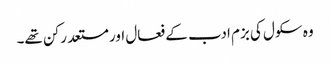
وہ سکول کی بزم ادب کے فعال اور مستعد رکن تھے۔